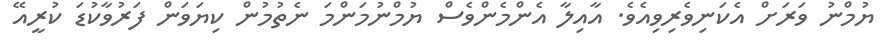
ޔުމްނު ވަރަށް އެކަނިވެރިވިއެވެ. އާއިލާ އެންމެންވެސް ޔުމްނުމަންމަ ނެތުމުން ކިޔަވަން ފަރުވާކުޑަ ކުރީއޭ